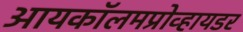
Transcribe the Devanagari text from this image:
आयकॉलमप्रोव्हायडर